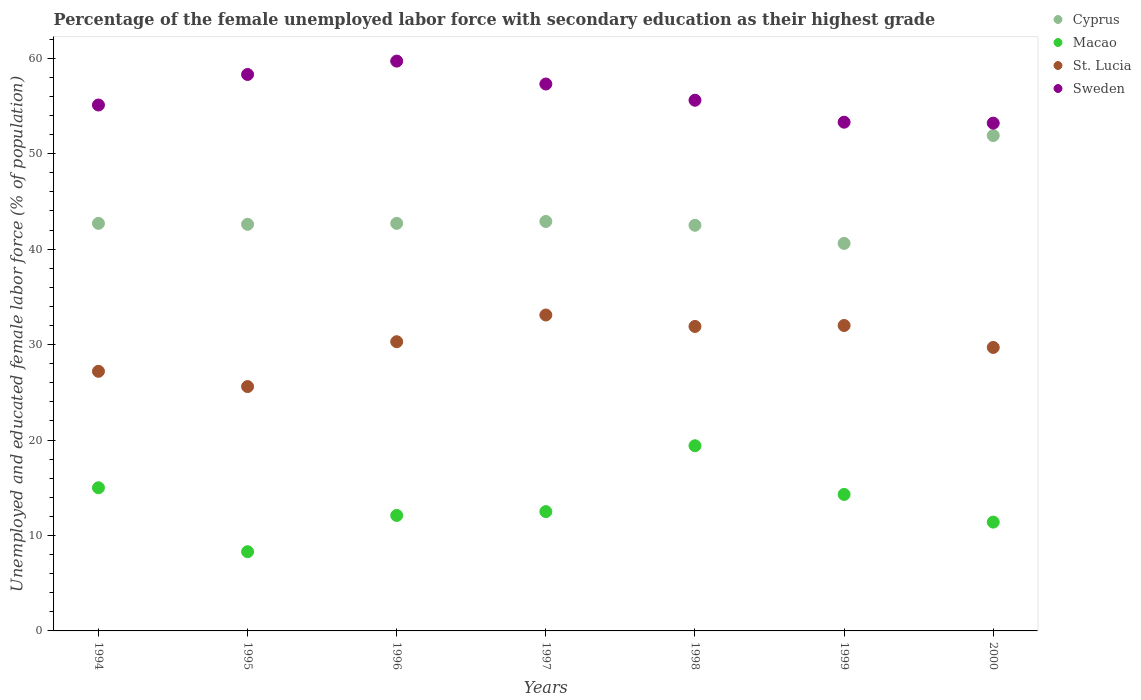
| Years | Cyprus | Macao | St. Lucia | Sweden |
 | --- | --- | --- | --- | --- |
 | 1994 | 42.7 | 15 | 27.2 | 55.1 |
 | 1995 | 42.6 | 8.3 | 25.6 | 58.3 |
 | 1996 | 42.7 | 12.1 | 30.3 | 59.7 |
 | 1997 | 42.9 | 12.5 | 33.1 | 57.3 |
 | 1998 | 42.5 | 19.4 | 31.9 | 55.6 |
 | 1999 | 40.6 | 14.3 | 32 | 53.3 |
 | 2000 | 51.9 | 11.4 | 29.7 | 53.2 |